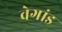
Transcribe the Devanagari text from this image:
वेगांड